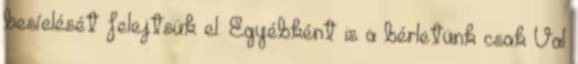
besíelését felejtsük el. Egyébként is a bérletünk csak Val